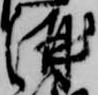
酒